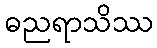
ဓညရာသိဿ